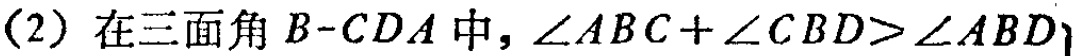
(2) 在三面角 \(B - CDA\) 中，\(\angle ABC+\angle CBD>\angle ABD\)